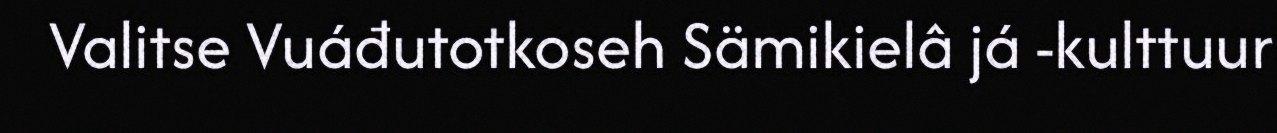
Valitse Vuáđutotkoseh Sämikielâ já -kulttuur